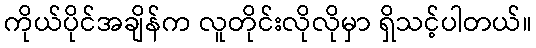
ကိုယ်ပိုင်အချိန်က လူတိုင်းလိုလိုမှာ ရှိသင့်ပါတယ်။